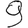
Digit: 9